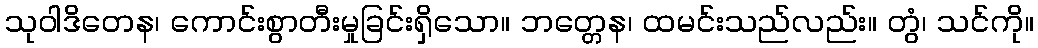
သုဝါဒိတေန၊ ကောင်းစွာတီးမှုခြင်းရှိသော။ ဘတ္တေန၊ ထမင်းသည်လည်း။ တွံ၊ သင်ကို။